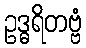
ဥဒ္ဓရိတဗ္ဗံ